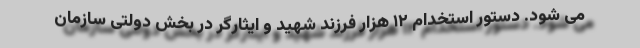
می شود. دستور استخدام ۱۲ هزار فرزند شهید و ایثارگر در بخش دولتی سازمان